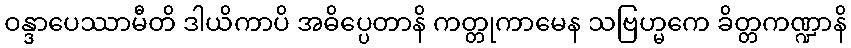
ဝန္ဒာပေဿာမီတိ ဒါယိကာပိ အဓိပ္ပေတာနိ ကတ္တုကာမေန သဗြဟ္မကေ ခိတ္တကဏ္ဍာနိ